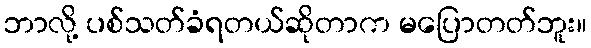
ဘာလို့ ပစ်သတ်ခံရတယ်ဆိုတာက မပြောတတ်ဘူး။